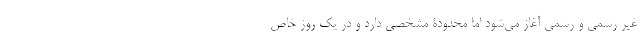
غیر رسمی و رسمی آغاز می‌شود اما محدودۀ مشخصی دارد و در یک روز خاص